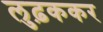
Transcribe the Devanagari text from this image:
लुढ़ककर